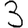
Digit: 3